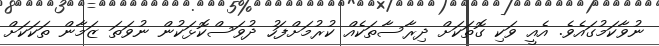
ނުވާކަމުގައެވެ. އެއީ ވަކި ގޮތަކަށް ދިރާސާތަކެއް ކުރުމަށްފަހު ދުވަސްކޮޅަކުން ނުވަތަ ޒަމާން ތަކަކަށް